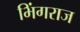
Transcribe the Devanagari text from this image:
भिंगराज